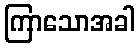
ကြာသောအခါ